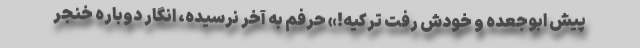
پیش ابوجعده و خودش رفت ترکیه!» حرفم به آخر نرسیده، انگار دوباره خنجر